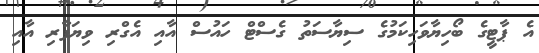
އެ ޕާޓީގެ ބޯހިޔާވަހިކަމުގެ ސިޔާސަތު ގެސްޓް ހައުސް އާއި އެގްރި ވިޔަފާރި އާއި